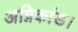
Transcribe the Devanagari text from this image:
अग्निकांड।